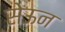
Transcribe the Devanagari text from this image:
सेऊन